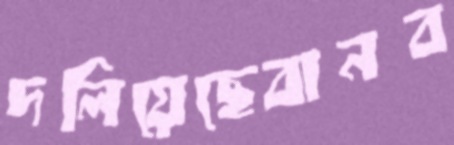
দলিয়েছেবানব